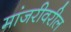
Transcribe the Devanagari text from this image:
मांजरीवरील